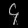
Digit: ၄